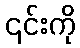
၎င်းကို